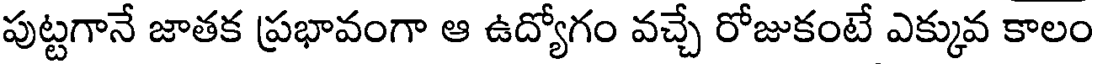
పుట్టగానే జాతక ప్రభావంగా ఆ ఉద్యోగం వచ్చే రోజుకంటే ఎక్కువ కాలం